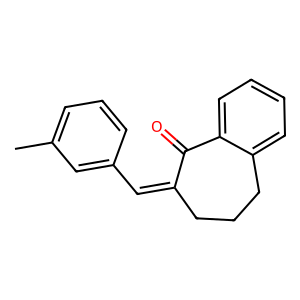
SMILES: Cc1cccc(C=C2CCCc3ccccc3C2=O)c1
Inhibits HIV replication: No